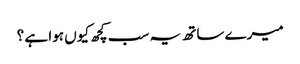
میرے ساتھ یہ سب کچھ کیوں ہوا ہے ؟